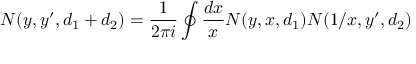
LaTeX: N ( y , y ^ { \prime } , d _ { 1 } + d _ { 2 } ) = { \frac { 1 } { 2 \pi i } } \oint { \frac { d x } { x } } N ( y , x , d _ { 1 } ) N ( 1 / x , y ^ { \prime } , d _ { 2 } )